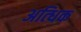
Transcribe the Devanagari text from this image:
अत्धिक